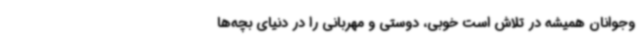
وجوانان همیشه در تلاش است خوبی، دوستی و مهربانی را در دنیای بچه‌ها